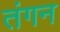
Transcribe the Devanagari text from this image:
तंगन